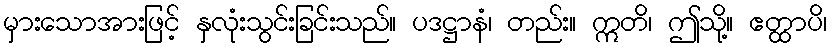
မှားသောအားဖြင့် နှလုံးသွင်းခြင်းသည်။ ပဒဋ္ဌာနံ၊ တည်း။ ဣတိ၊ ဤသို့။ ဧတ္ထာပိ၊